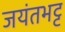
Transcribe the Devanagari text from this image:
जयंतभट्ट